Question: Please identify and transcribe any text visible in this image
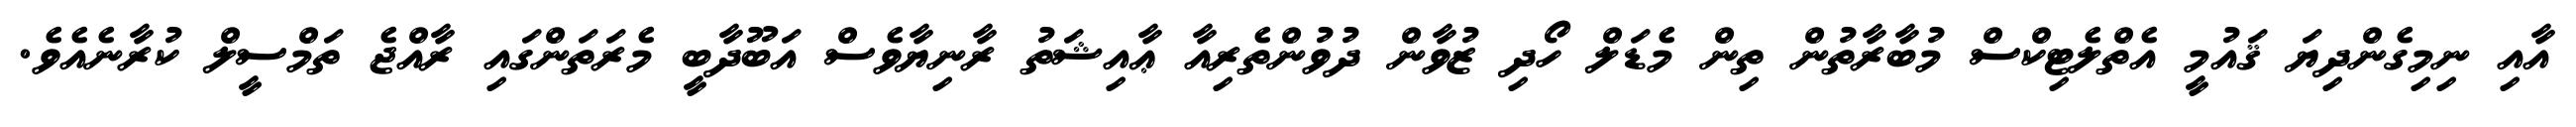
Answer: އާއި ނިމިގެންދިޔަ ޤައުމީ އެތްލެޓިކްސް މުބާރާތުން ތިން މެޑަލް ހޯދި ޒުވާން ދުވުންތެރިއާ ޢާއިޝަތު ރާނިޔާވެސް އަބޫދާބީ މެރަތަންގައި ރާއްޖެ ތަމްސީލް ކުރާނެއެވެ.